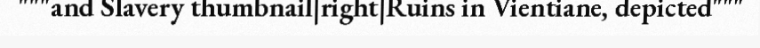
"""and Slavery thumbnail|right|Ruins in Vientiane, depicted"""